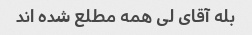
بله آقای لی همه مطلع شده اند